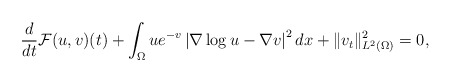
\begin{align*}\frac{d}{dt}\mathcal{F}(u,v)(t)+\int_\Omega ue^{-v}\left|\nabla \log u-\nabla v\right|^2dx+\|v_t\|_{L^2(\Omega)}^2=0,\end{align*}